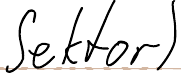
Sektor)